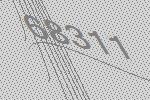
68311